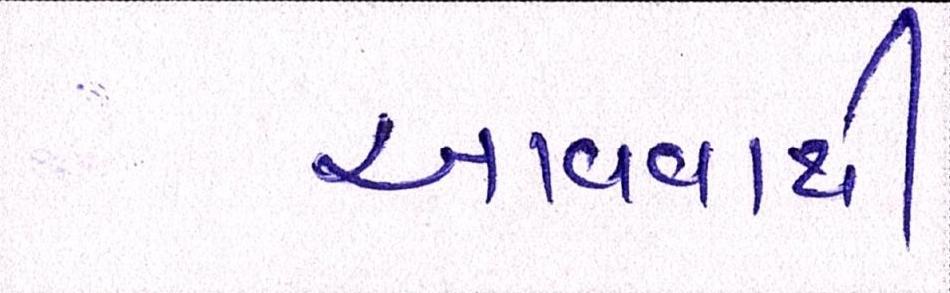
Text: આવવાથી